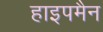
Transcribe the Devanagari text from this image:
हाइपमैन